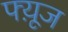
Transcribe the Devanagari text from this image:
फ्य़ूज